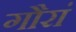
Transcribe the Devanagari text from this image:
गौरां